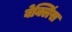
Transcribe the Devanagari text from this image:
बेक्लिंस